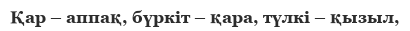
Қар – аппақ, бүркіт – қара, түлкі – қызыл,